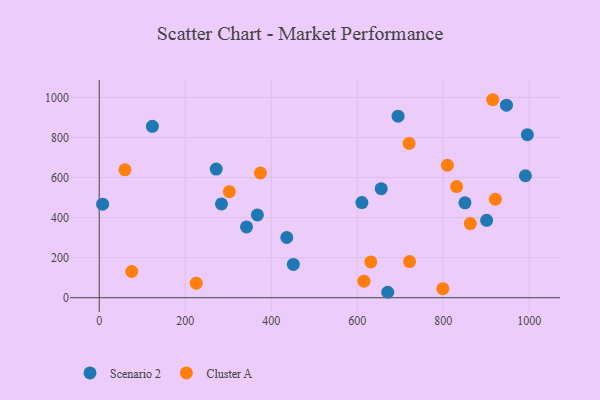
{"axis": {"x": "Experience", "y": "Exam Score"}, "legend": ["Cluster A", "Scenario 2"], "data": [{"x": "342.6", "y": 353.5, "type": "Scenario 2"}, {"x": "695.0", "y": 906.4, "type": "Scenario 2"}, {"x": "451.4", "y": 166.1, "type": "Scenario 2"}, {"x": "991.2", "y": 609.1, "type": "Scenario 2"}, {"x": "284.3", "y": 468.4, "type": "Scenario 2"}, {"x": "610.9", "y": 475.0, "type": "Scenario 2"}, {"x": "436.2", "y": 300.8, "type": "Scenario 2"}, {"x": "655.9", "y": 544.4, "type": "Scenario 2"}, {"x": "123.6", "y": 856.0, "type": "Scenario 2"}, {"x": "901.0", "y": 386.7, "type": "Scenario 2"}, {"x": "7.9", "y": 467.2, "type": "Scenario 2"}, {"x": "272.1", "y": 642.6, "type": "Scenario 2"}, {"x": "850.6", "y": 473.7, "type": "Scenario 2"}, {"x": "995.8", "y": 814.2, "type": "Scenario 2"}, {"x": "367.9", "y": 413.7, "type": "Scenario 2"}, {"x": "671.0", "y": 27.2, "type": "Scenario 2"}, {"x": "947.1", "y": 961.8, "type": "Scenario 2"}, {"x": "831.3", "y": 555.3, "type": "Cluster A"}, {"x": "75.6", "y": 130.9, "type": "Cluster A"}, {"x": "921.3", "y": 491.7, "type": "Cluster A"}, {"x": "374.8", "y": 622.9, "type": "Cluster A"}, {"x": "631.7", "y": 178.7, "type": "Cluster A"}, {"x": "721.7", "y": 180.3, "type": "Cluster A"}, {"x": "59.8", "y": 638.5, "type": "Cluster A"}, {"x": "302.6", "y": 529.6, "type": "Cluster A"}, {"x": "720.7", "y": 770.5, "type": "Cluster A"}, {"x": "809.7", "y": 661.6, "type": "Cluster A"}, {"x": "615.6", "y": 82.5, "type": "Cluster A"}, {"x": "799.2", "y": 45.3, "type": "Cluster A"}, {"x": "915.3", "y": 988.8, "type": "Cluster A"}, {"x": "863.1", "y": 370.2, "type": "Cluster A"}, {"x": "225.6", "y": 72.5, "type": "Cluster A"}]}